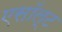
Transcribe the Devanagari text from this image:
एसॉल्ट